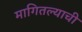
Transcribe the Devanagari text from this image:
मागितल्याची